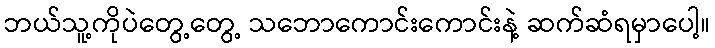
ဘယ်သူ့ကိုပဲတွေ့တွေ့ သဘောကောင်းကောင်းနဲ့ ဆက်ဆံရမှာပေါ့။